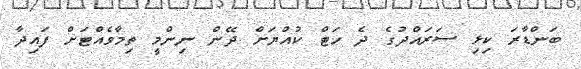
ބަންޑާރަ ކިޅި ސަރައްދުގެ ދެ ހަޓް ކުއްޔަށް ދޭން ނިންމީ ތިމާވެއްޓަށް ފައިދާ